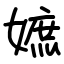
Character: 嫬